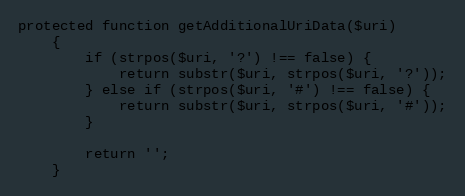
Language: PHP
protected function getAdditionalUriData($uri)
    {
        if (strpos($uri, '?') !== false) {
            return substr($uri, strpos($uri, '?'));
        } else if (strpos($uri, '#') !== false) {
            return substr($uri, strpos($uri, '#'));
        }

        return '';
    }